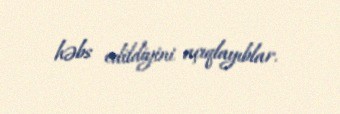
həbs edildiyini açıqlayıblar.